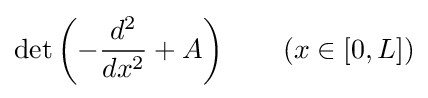
\det \left(-{\frac {d^{2}}{dx^{2}}}+A\right)\qquad (x\in [0,L])